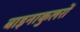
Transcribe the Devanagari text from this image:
बाइनाकुलरों